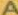
A